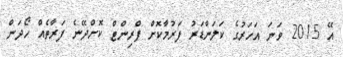
އޭ 2015 ވަނަ އަހަރުގެ ކަލަންޑަރު ފަރުމާކޮށް ޕްރިންޓް ކޮށްދޭނެ ފަރާތެއް ހޯދަން